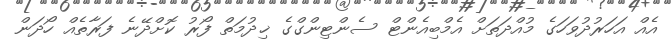
އެއް އަހަރުދުވަހަގެ މުއްދަތަށް އެމްބިއެންޓް ސެންޓިންގްގެ ޚިދުމަތް ފޯރު ކޮށްދޭނެ ފަރާތެއް ހޯދަން